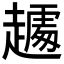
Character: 𰷾